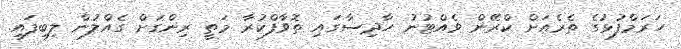
ހަރަމްފުޅުގެ ތެރެއަށް ކްރޭން ވެއްޓުނު ހާދިސާގައި ތޮވާފްކުރާ މަތީ ރިންގަށް ގެއްލުން ލިބިފައި.